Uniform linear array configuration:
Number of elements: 64
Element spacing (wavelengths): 0.5
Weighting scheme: exponential
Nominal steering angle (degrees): -15
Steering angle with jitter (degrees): -14.534
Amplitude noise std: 0.05
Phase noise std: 0.05

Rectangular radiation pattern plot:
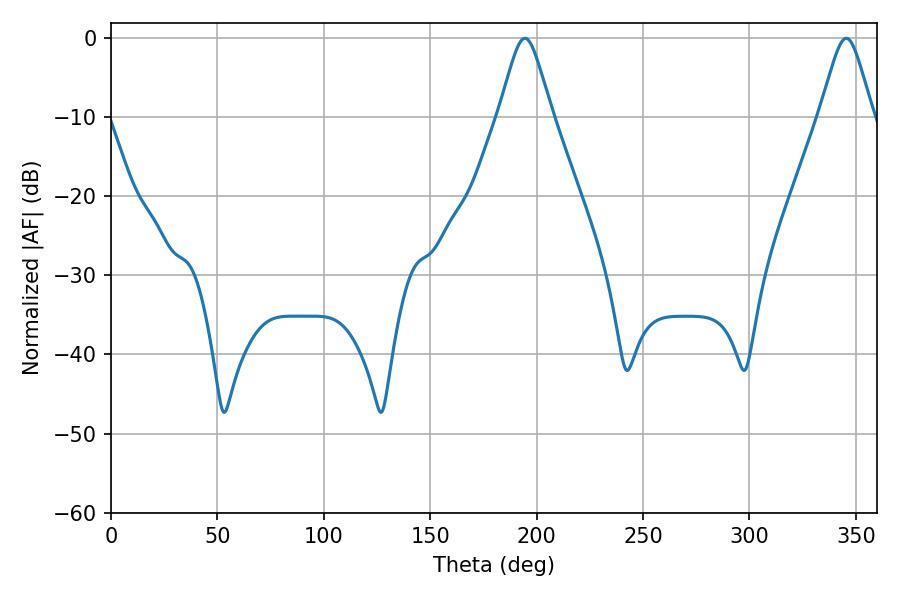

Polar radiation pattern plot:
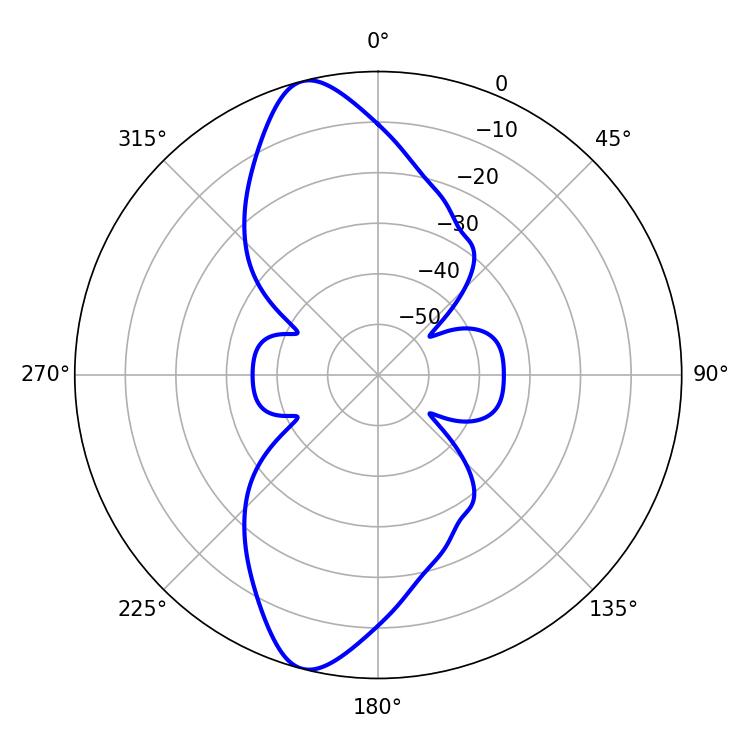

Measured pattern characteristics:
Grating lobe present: FALSE
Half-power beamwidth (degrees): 12.06
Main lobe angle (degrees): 194.58